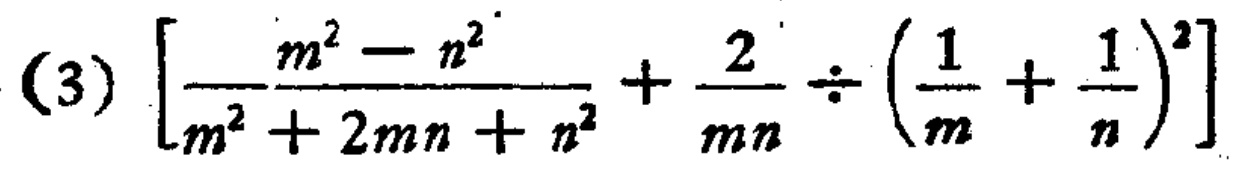
\((3)\left[\frac{m^{2}-n^{2}}{m^{2}+2mn + n^{2}}+\frac{2}{mn}\div\left(\frac{1}{m}+\frac{1}{n}\right)^{2}\right]\)